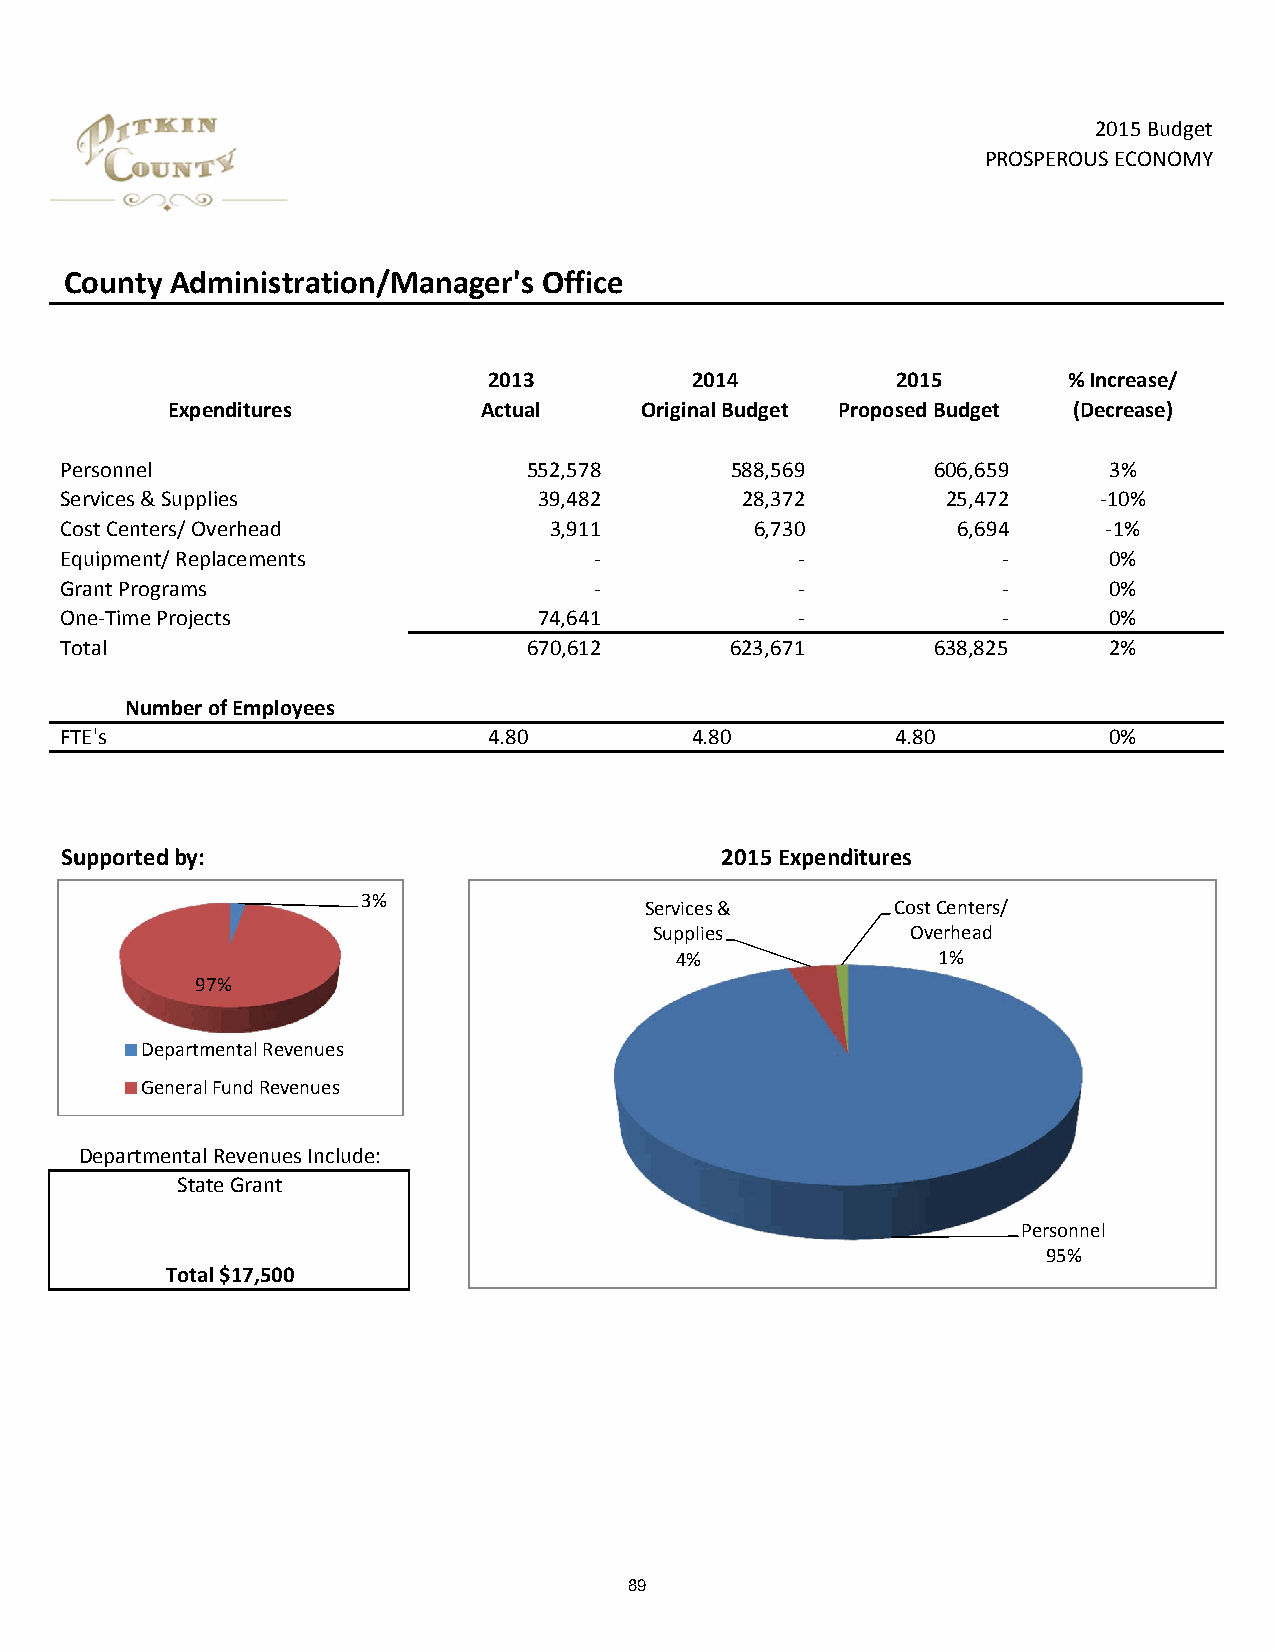
2015 Budget
 PROSPEROUS ECONOMY
 County Administration/Manager's Office
 2013          2014         2015        % Increase/
 Expenditures         Actual    Original Budget Proposed Budget (Decrease)
 Personnel                      552,578      588,569       606,659    3%
 Services & Supplies             39,482       28,372        25,472    ‐10%
 Cost Centers/ Overhead          3,911         6,730        6,694     ‐1%
 Equipment/ Replacements            ‐             ‐            ‐      0%
 Grant Programs                     ‐             ‐            ‐      0%
 One‐Time Projects               74,641           ‐            ‐      0%
 Total                          670,612      623,671       638,825    2%
 Number of Employees
 FTE's                       4.80          4.80         4.80          0%
 Supported by:                               2015 Expenditures
 3%
 Services &      Cost Centers/
 Supplies         Overhead
 4%               1%
 97%
 Departmental Revenues
 General Fund Revenues
 Departmental Revenues Include:
 State Grant
 Personnel
 95%
 Total $17,500
 89